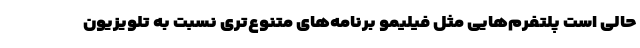
حالی است پلتفرم‌هایی مثل فیلیمو برنامه‌های متنوع‌تری نسبت به تلویزیون